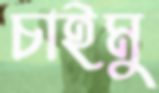
চাইমু